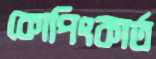
কোপিংকার্ত